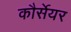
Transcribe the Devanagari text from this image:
कौर्सेयर